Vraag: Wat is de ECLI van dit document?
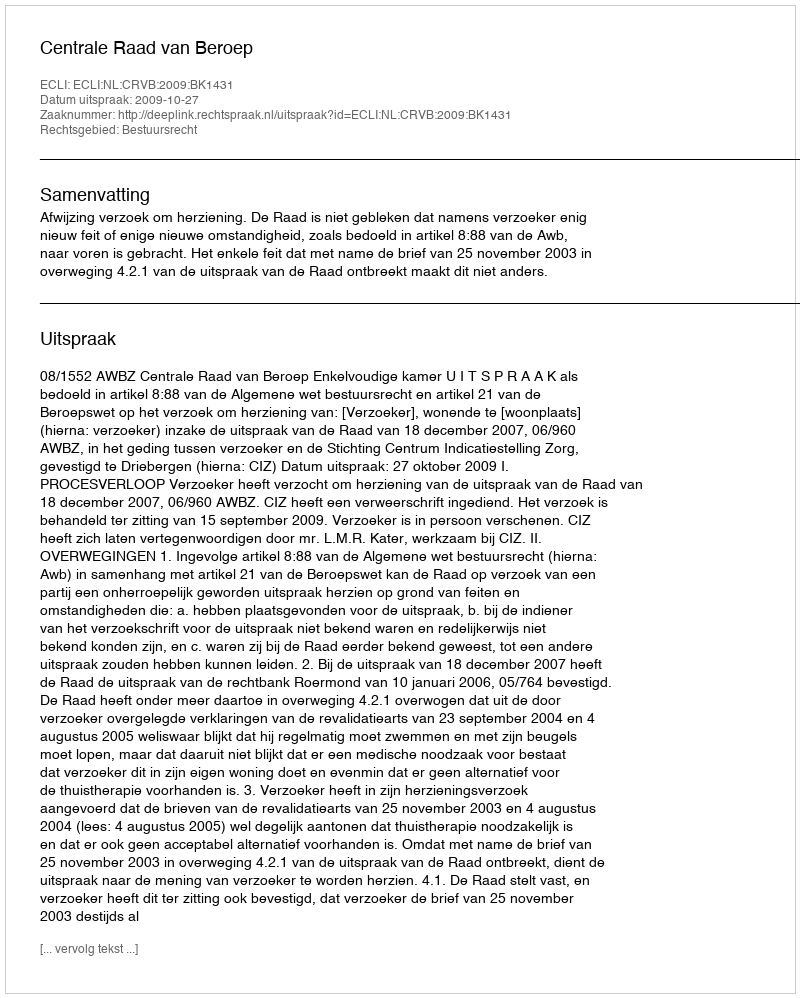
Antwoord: ECLI:NL:CRVB:2009:BK1431